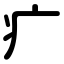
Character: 疒